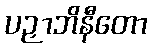
ပဉှာဘိနီတော